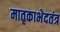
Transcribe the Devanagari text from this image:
मातृकाभेदतंत्र